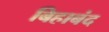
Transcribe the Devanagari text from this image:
बिहाबंद